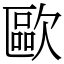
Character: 歐